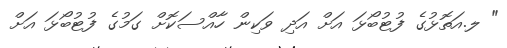
" ލ.އަތޮޅުގެ ފުޓުބޯޅަ އަށް އަދި ވަކިން ހާއްސަކޮށް ގަމުގެ ފުޓުބޯޅަ އަށް